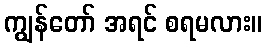
ကျွန်တော် အရင် စရမလား။